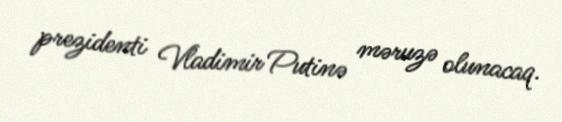
prezidenti Vladimir Putinə məruzə olunacaq.